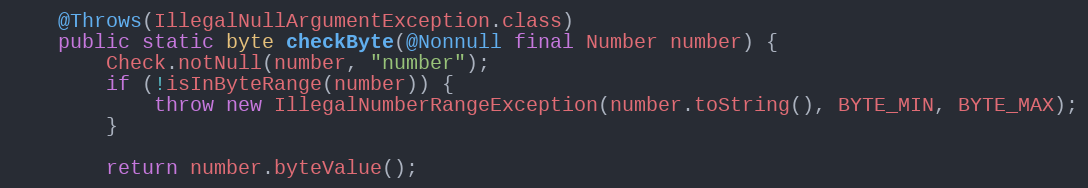
Language: Java
	@Throws(IllegalNullArgumentException.class)
	public static byte checkByte(@Nonnull final Number number) {
		Check.notNull(number, "number");
		if (!isInByteRange(number)) {
			throw new IllegalNumberRangeException(number.toString(), BYTE_MIN, BYTE_MAX);
		}

		return number.byteValue();